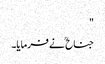
"
جناح ؒ نے فرمایا۔